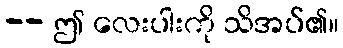
-- ဤ လေးပါးကို သိအပ်၏။